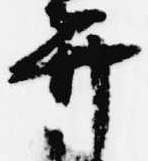
弁